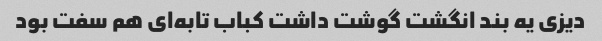
دیزی یه بند انگشت گوشت داشت کباب تابه‌ای هم سفت بود